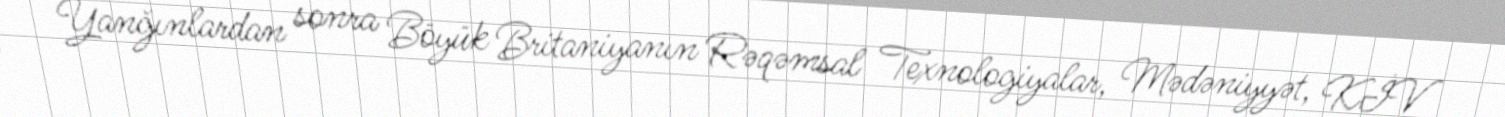
Yanğınlardan sonra Böyük Britaniyanın Rəqəmsal Texnologiyalar, Mədəniyyət, KİV